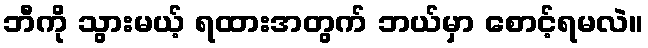
ဘီကို သွားမယ့် ရထားအတွက် ဘယ်မှာ စောင့်ရမလဲ။